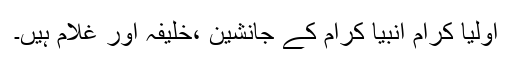
اولیا کرام انبیا کرام کے جانشین ،خلیفہ اور غلام ہیں۔